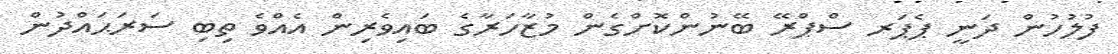
ފުލުހުން ދަނީ ޕެޕަރ ސްޕްރޭ ބޭނުންކޮށްގެން މުޒާހަރާގެ ބައިވެރިން އެއްވެ ތިބި ސަރަޙައްދުން